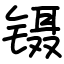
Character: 镊